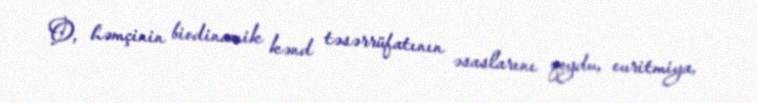
O, həmçinin biodinamik kənd təsərrüfatının əsaslarını qoydu, euritmiya,